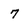
Character: 7